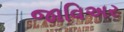
જાવિઅર